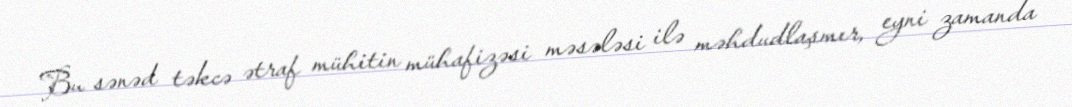
Bu sənəd təkcə ətraf mühitin mühafizəsi məsələsi ilə məhdudlaşmır, eyni zamanda